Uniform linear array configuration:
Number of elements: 32
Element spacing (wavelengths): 0.5
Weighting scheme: uniform
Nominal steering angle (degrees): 0
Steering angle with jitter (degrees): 0.2797
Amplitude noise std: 0.05
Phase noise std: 0.05

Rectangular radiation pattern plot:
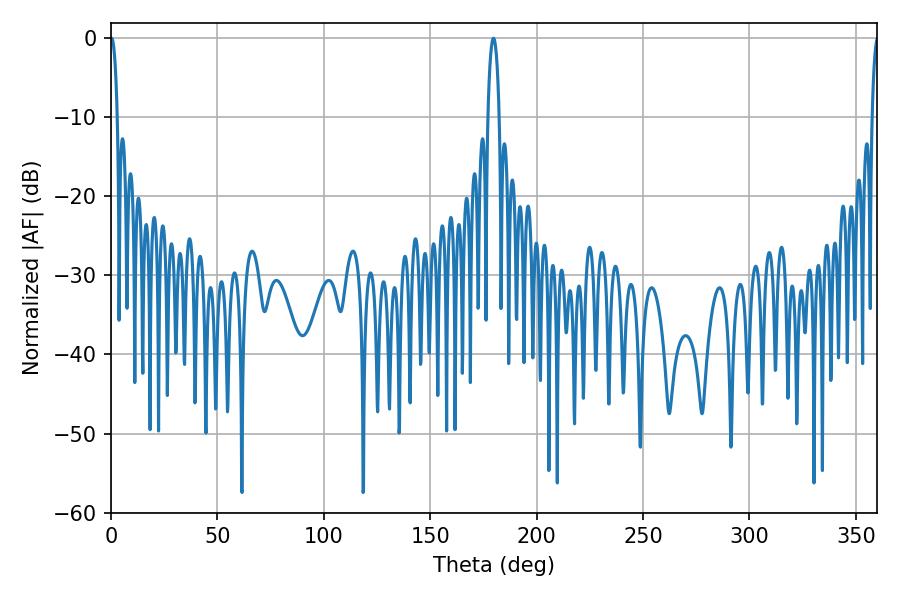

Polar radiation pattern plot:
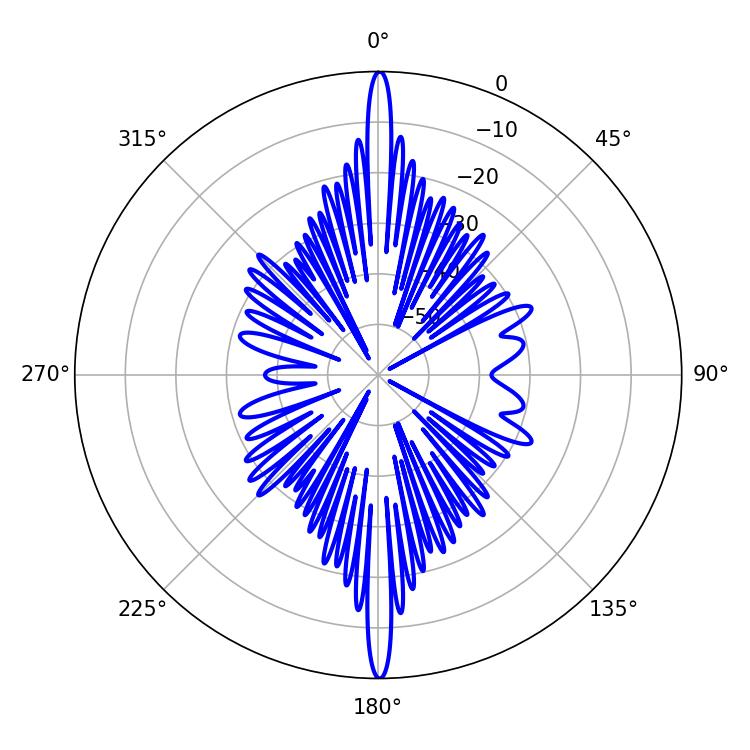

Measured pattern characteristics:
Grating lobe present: FALSE
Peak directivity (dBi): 32.283
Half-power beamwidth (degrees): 3.06
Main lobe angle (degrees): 179.64